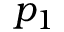
p _ { 1 }